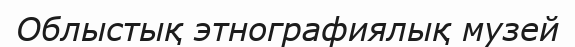
Облыстық этнографиялық музей